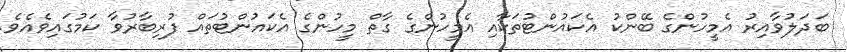
ބަދަލުވާއިރު އެމީހުންގެ ބޭންކު އެކައުންޓުތަކާއި އެމީހުންގެ ގާތް މީހުންގެ އެކައުންޓުތައް ފުރިބާރުވާ ކަމުގައިވެއެވެ.